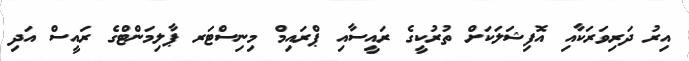
އިރު ދަރިވަރަކާއި އޮފިޝަލަކަށް ތުރުކީގެ ރައީސާއި ޕްރައިމް މިނިސްޓަރ ޕާލިމަންޓްގެ ރައީސް އަދި